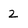
Character: 2